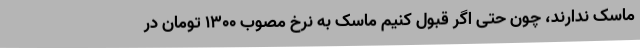
ماسک ندارند، چون حتی اگر قبول کنیم ماسک به نرخ مصوب 1300 تومان در